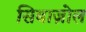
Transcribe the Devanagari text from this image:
सिबाज़ोल